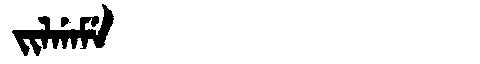
Manchu: ᠵᡳᠯᡤᠠᠮᡝ
Romanization: JILGAME